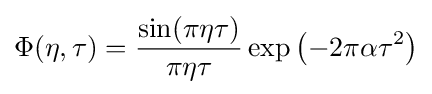
\Phi (\eta ,\tau )={\frac {\sin(\pi \eta \tau )}{\pi \eta \tau }}\exp \left(-2\pi \alpha \tau ^{2}\right)